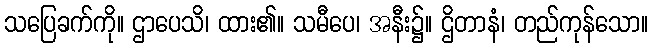
သပြေခက်ကို။ ဌာပေသိ၊ ထား၏။ သမီပေ၊ အနီး၌။ ဌိတာနံ၊ တည်ကုန်သော။